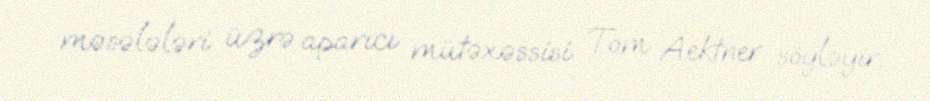
məsələləri üzrə aparıcı mütəxəssisi Tom Aektner söyləyir.